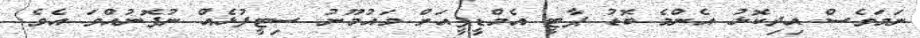
ނަމަވެސް އިދިކޮޅު އެންމެ ބޮޑު ޕާޓީ އެމްޑީޕީއަށް މައުމޫނު ސިޓީފުޅެއް ނުފޮނުއްވަ އެވެ.